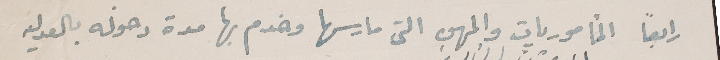
رابعاً المأموريات والمهن التى مارسها وخدم بها مدة دخوله بالعدليه